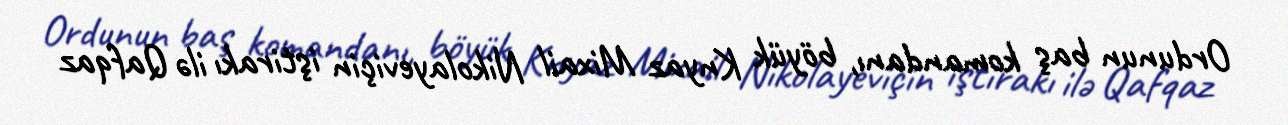
Ordunun baş komandanı, böyük Knyaz Mixail Nikolayeviçin iştirakı ilə Qafqaz